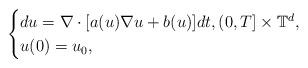
LaTeX: \begin{align*}\begin{cases}du = \nabla \cdot [a(u)\nabla u + b(u)] dt, (0,T]\times\mathbb{T}^d , \\u(0) = u_0 ,\end{cases}\end{align*}